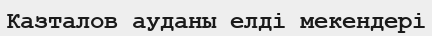
Казталов ауданы елді мекендері